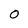
Character: 0